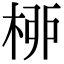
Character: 桺